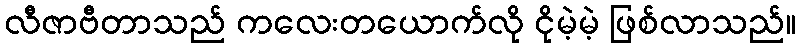
လီဇာဗီတာသည် ကလေးတယောက်လို ငိုမဲ့မဲ့ ဖြစ်လာသည်။